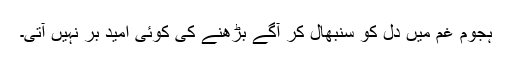
ہجوم غم میں دل کو سنبھال کر آگے بڑھنے کی کوئی امید بر نہیں آتی۔